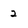
Character: 2